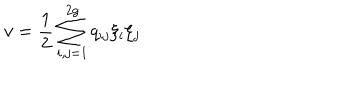
v = \frac { 1 } { 2 } \sum _ { i , j = 1 } ^ { 2 g } q _ { i j } \xi _ { i } \xi _ { j }